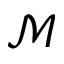
\mathcal { M }